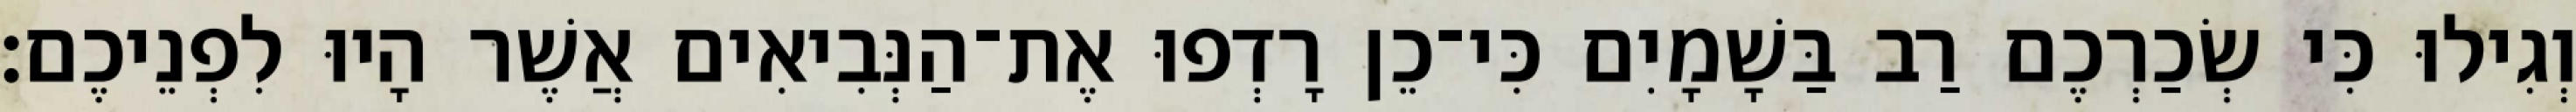
וְגִילוּ כִּי שְׂכַרְכֶם רַב בַּשָׁמָיִם כִּי־כֵן רָדְפוּ אֶת־הַנְּבִיאִים אֲשֶׁר הָיוּ לִפְנֵיכֶם׃